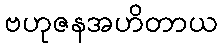
ဗဟုဇနအဟိတာယ